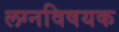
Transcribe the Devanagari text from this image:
लग्नविषयक